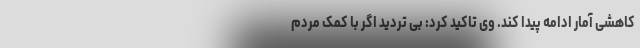
کاهشی آمار ادامه پیدا کند. وی تاکید کرد: بی تردید اگر با کمک مردم